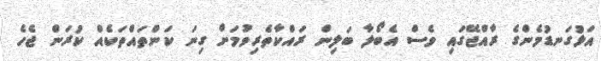
އަޅުގަނޑުމެންގެ ރާއްޖޭގައި ވެސް އެބޯލާ ބަލިން ރައްކާތެރިވުމަށް ގިނަ ކަންތައްތަކެއް ކުރަން ޖެހެ